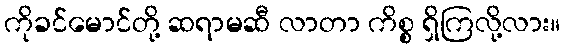
ကိုခင်မောင်တို့ ဆရာမဆီ လာတာ ကိစ္စ ရှိကြလို့လား။